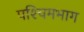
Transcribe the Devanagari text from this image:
पश्‍चिमभाग